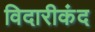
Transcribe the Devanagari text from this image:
विदारीकंद